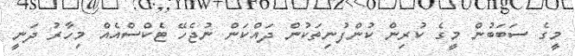
މީގެ ސަބަބުން މީގެ ކުރިން ކުންފުނިތަކުން ދައްކަން ނުޖެހޭ ޓެކްސްއެއް މިހާރު ދަނީ